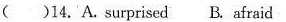
()14.A.surprised B.afraid